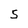
Character: S